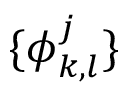
\{ \boldsymbol { \phi } _ { k , l } ^ { j } \}